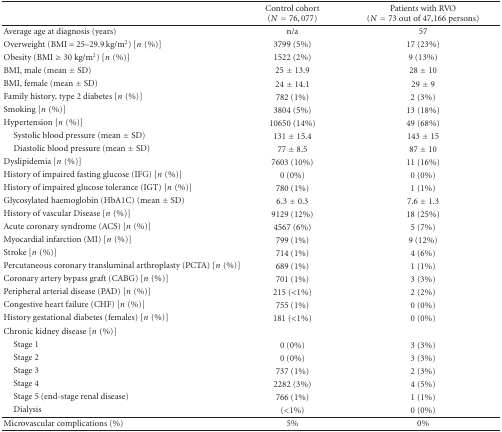
<table><thead><tr><td><b> </b></td><td><b>Control cohort (<i>N</i> = 76,077)</b></td><td><b>Patients with RVO(<i>N</i> = 73 out of 47,166 persons)</b></td></tr></thead><tbody><tr><td>Average age at diagnosis (years)</td><td>n/a</td><td>57</td></tr><tr><td>Overweight (BMI = 25–29.9 kg/m<sup>2</sup>) [<i>n</i>(%)]</td><td>3799 (5%)</td><td>17 (23%)</td></tr><tr><td>Obesity (BMI ≥ 30 kg/m<sup>2</sup>) [<i>n</i>(%)]</td><td>1522 (2%)</td><td>9 (13%)</td></tr><tr><td>BMI, male (mean ± SD)</td><td>25 ± 13.9</td><td>28 ± 10</td></tr><tr><td>BMI, female (mean ± SD)</td><td>24 ± 14.1</td><td>29 ± 9</td></tr><tr><td>Family history, type 2 diabetes [<i>n</i>(%)]</td><td>782 (1%)</td><td>2 (3%)</td></tr><tr><td>Smoking [<i>n</i>(%)]</td><td>3804 (5%)</td><td>13 (18%)</td></tr><tr><td>Hypertension [<i>n</i>(%)]</td><td>10650 (14%)</td><td>49 (68%)</td></tr><tr><td> Systolic blood pressure (mean ± SD)</td><td>131 ± 15.4</td><td>143 ± 15</td></tr><tr><td> Diastolic blood pressure (mean ± SD)</td><td>77 ± 8.5</td><td>87 ± 10</td></tr><tr><td>Dyslipidemia [<i>n</i>(%)]</td><td>7603 (10%)</td><td>11 (16%)</td></tr><tr><td>History of impaired fasting glucose (IFG) [<i>n</i>(%)]</td><td>0 (0%)</td><td>0 (0%)</td></tr><tr><td>History of impaired glucose tolerance (IGT) [<i>n</i>(%)]</td><td>780 (1%)</td><td>1 (1%)</td></tr><tr><td>Glycosylated haemoglobin (HbA1C) (mean ± SD)</td><td>6.3 ± 0.3</td><td>7.6 ± 1.3</td></tr><tr><td>History of vascular Disease [<i>n</i>(%)]</td><td>9129 (12%)</td><td>18 (25%)</td></tr><tr><td>Acute coronary syndrome (ACS) [<i>n</i>(%)]</td><td>4567 (6%)</td><td>5 (7%)</td></tr><tr><td>Myocardial infarction (MI) [<i>n</i>(%)]</td><td>799 (1%)</td><td>9 (12%)</td></tr><tr><td>Stroke [<i>n</i>(%)]</td><td>714 (1%)</td><td>4 (6%)</td></tr><tr><td>Percutaneous coronary transluminal arthroplasty (PCTA) [<i>n</i>(%)]</td><td>689 (1%)</td><td>1 (1%)</td></tr><tr><td>Coronary artery bypass graft (CABG) [<i>n</i>(%)]</td><td>701 (1%)</td><td>3 (3%)</td></tr><tr><td>Peripheral arterial disease (PAD) [<i>n</i>(%)]</td><td>215 (&lt;1%)</td><td>2 (2%)</td></tr><tr><td>Congestive heart failure (CHF) [<i>n</i>(%)]</td><td>755 (1%)</td><td>0 (0%)</td></tr><tr><td>History gestational diabetes (females) [<i>n</i>(%)]</td><td>181 (&lt;1%)</td><td>0 (0%)</td></tr><tr><td>Chronic kidney disease [<i>n</i>(%)]</td><td> </td><td> </td></tr><tr><td> Stage 1</td><td>0 (0%)</td><td>3 (3%)</td></tr><tr><td> Stage 2</td><td>0 (0%)</td><td>3 (3%)</td></tr><tr><td> Stage 3</td><td>737 (1%)</td><td>2 (3%)</td></tr><tr><td> Stage 4</td><td>2282 (3%)</td><td>4 (5%)</td></tr><tr><td> Stage 5 (end-stage renal disease)</td><td>766 (1%)</td><td>1 (1%)</td></tr><tr><td> Dialysis</td><td>(&lt;1%)</td><td>0 (0%)</td></tr><tr><td>Microvascular complications (%)</td><td>5%</td><td>0%</td></tr></tbody></table>